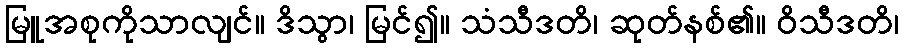
မြူအစုကိုသာလျင်။ ဒိသွာ၊ မြင်၍။ သံသီဒတိ၊ ဆုတ်နစ်၏။ ဝိသီဒတိ၊